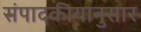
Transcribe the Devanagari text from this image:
संपादकीयानुसार